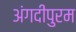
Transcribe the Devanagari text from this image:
अंगदीपुरम